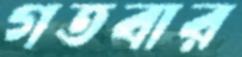
গতবার